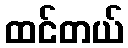
ထင်တယ်